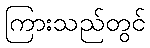
ကြားသည်တွင်